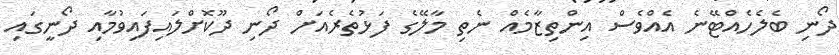
ދޯނި ބެލެހެއްޓޭނެ އެއްވެސް އިންތިޒާމެއް ނެތި މާލޭގެ ފަޅުތެރެއަށް ދޯނި ދޫކޮށްލައިފައިވުމާއި ދޯނީގައި